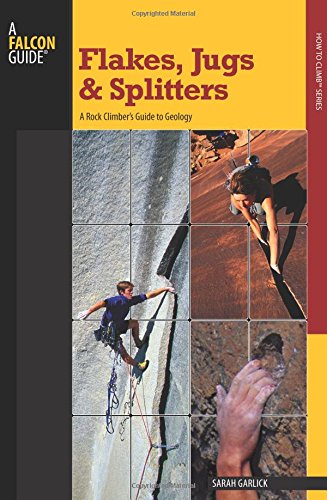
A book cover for Flakes, Jugs, and Splitters: A Rock Climber's Guide To Geology (How To Climb Series); Sarah Garlick; Science & Math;